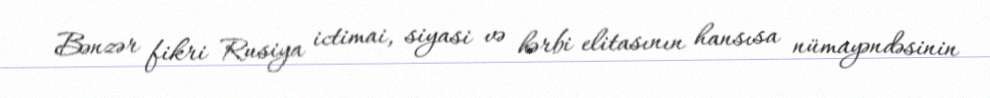
Bənzər fikri Rusiya ictimai, siyasi və hərbi elitasının hansısa nümayəndəsinin